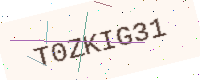
Text: T0ZKIG31